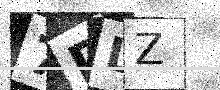
Text: 7DLZ